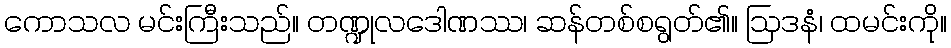
ကောသလ မင်းကြီးသည်။ တဏ္ဍုလဒေါဏဿ၊ ဆန်တစ်စရွတ်၏။ ဩဒနံ၊ ထမင်းကို။